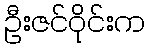
ဦးဇင်ဝိုင်းက